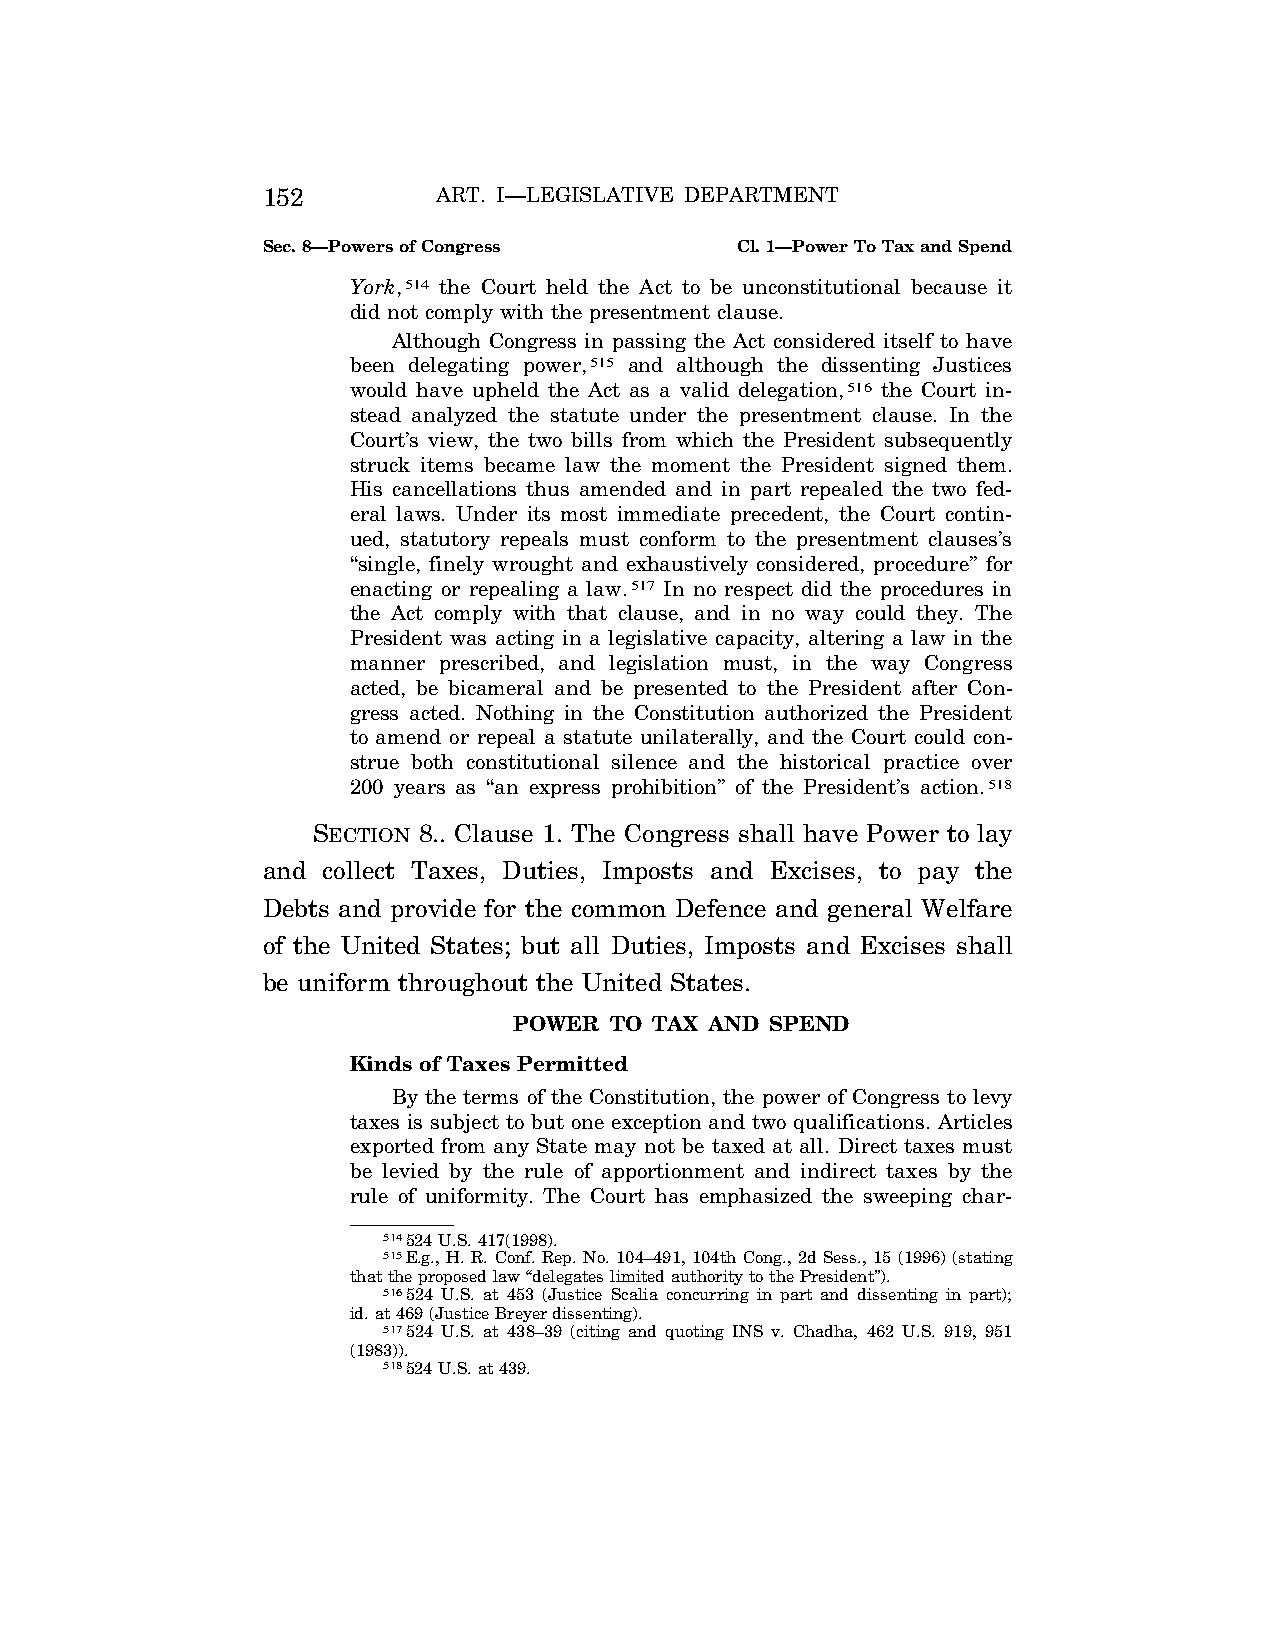
152         ART. I—LEGISLATIVE DEPARTMENT
 Sec. 8—Powers of Congress       Cl. 1—Power To Tax and Spend
 York,514 the Court held the Act to be unconstitutional because it
 did not comply with the presentment clause.
 Although Congress in passing the Act considered itself to have
 been delegating power,515 and although the dissenting Justices
 would have upheld the Act as a valid delegation,516 the Court in-
 stead analyzed the statute under the presentment clause. In the
 Court’s view, the two bills from which the President subsequently
 struck items became law the moment the President signed them.
 His cancellations thus amended and in part repealed the two fed-
 eral laws. Under its most immediate precedent, the Court contin-
 ued, statutory repeals must conform to the presentment clauses’s
 ‘‘single, finely wrought and exhaustively considered, procedure’’ for
 enacting or repealing a law.517 In no respect did the procedures in
 the Act comply with that clause, and in no way could they. The
 President was acting in a legislative capacity, altering a law in the
 manner prescribed, and legislation must, in the way Congress
 acted, be bicameral and be presented to the President after Con-
 gress acted. Nothing in the Constitution authorized the President
 to amend or repeal a statute unilaterally, and the Court could con-
 strue both constitutional silence and the historical practice over
 200 years as ‘‘an express prohibition’’ of the President’s action.518
 SECTION 8.. Clause 1. The Congress shall have Power to lay
 and collect Taxes, Duties, Imposts and Excises, to pay the
 Debts and provide for the common Defence and general Welfare
 of the United States; but all Duties, Imposts and Excises shall
 be uniform throughout the United States.
 POWER TO TAX AND SPEND
 Kinds of Taxes Permitted
 By the terms of the Constitution, the power of Congress to levy
 taxes is subject to but one exception and two qualifications. Articles
 exported from any State may not be taxed at all. Direct taxes must
 be levied by the rule of apportionment and indirect taxes by the
 rule of uniformity. The Court has emphasized the sweeping char-
 514524 U.S. 417(1998).
 515E.g., H. R. Conf. Rep. No. 104–491, 104th Cong., 2d Sess., 15 (1996) (stating
 that the proposed law ‘‘delegates limited authority to the President’’).
 516524 U.S. at 453 (Justice Scalia concurring in part and dissenting in part);
 id. at 469 (Justice Breyer dissenting).
 517524 U.S. at 438–39 (citing and quoting INS v. Chadha, 462 U.S. 919, 951
 (1983)).
 518524 U.S. at 439.
 VerDate Apr<14>2004 12:35 Apr 14, 2004 Jkt 077500 PO 00000 Frm 00090 Fmt 8222 Sfmt 8222 C:\CONAN\CON009.SGM PRFM99 PsN: CON009